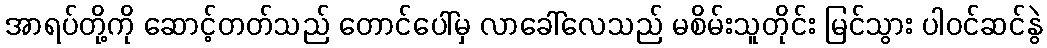
အာရပ်တို့ကို ဆောင့်တတ်သည် တောင်ပေါ်မှ လာခေါ်လေသည် မစိမ်းသူတိုင်း မြင်သွား ပါဝင်ဆင်နွဲ